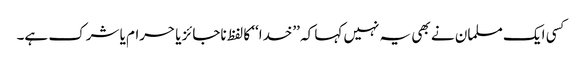
کسی ایک مسلمان نے بھی یہ نہیں کہا کہ ’’خدا‘‘ کا لفظ ناجائز یا حرام یا شرک ہے۔